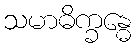
သမာဓိက္ခန္ဓေ